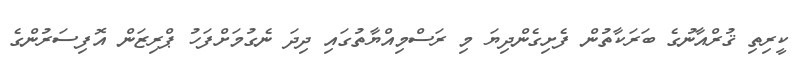
ކީރިތި ޤުރްއާނުގެ ބަރަކާތުން ފެށިގެންދިޔަ މި ރަސްމިއްޔާތުގައި ދިދަ ނެގުމަށްފަހު ޕްރިޒަން އޮފިސަރުންގެ